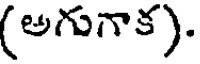
(అగుగాక).